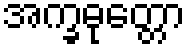
အက္ခဓုတ္တော